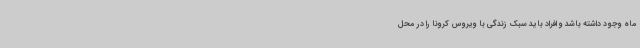
ماه وجود داشته باشد و افراد باید سبک زندگی با ویروس کرونا را در محل